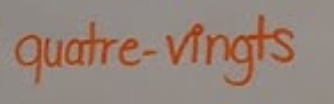
quatre-vingts